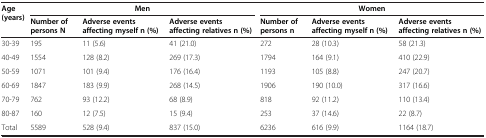
<table><thead><tr><td><b>Age (years)</b></td><td colspan="3"><b>Men</b></td><td colspan="3"><b>Women</b></td></tr><tr><td><b> </b></td><td><b>Number of persons N</b></td><td><b>Adverse events affecting myself n (%)</b></td><td><b>Adverse events affecting relatives n (%)</b></td><td><b>Number of persons n</b></td><td><b>Adverse events affecting myself n (%)</b></td><td><b>Adverse events affecting relatives n (%)</b></td></tr></thead><tbody><tr><td>30-39</td><td>195</td><td>11 (5.6)</td><td>41 (21.0)</td><td>272</td><td>28 (10.3)</td><td>58 (21.3)</td></tr><tr><td>40-49</td><td>1554</td><td>128 (8.2)</td><td>269 (17.3)</td><td>1794</td><td>164 (9.1)</td><td>410 (22.9)</td></tr><tr><td>50-59</td><td>1071</td><td>101 (9.4)</td><td>176 (16.4)</td><td>1193</td><td>105 (8.8)</td><td>247 (20.7)</td></tr><tr><td>60-69</td><td>1847</td><td>183 (9.9)</td><td>268 (14.5)</td><td>1906</td><td>190 (10.0)</td><td>317 (16.6)</td></tr><tr><td>70-79</td><td>762</td><td>93 (12.2)</td><td>68 (8.9)</td><td>818</td><td>92 (11.2)</td><td>110 (13.4)</td></tr><tr><td>80-87</td><td>160</td><td>12 (7.5)</td><td>15 (9.4)</td><td>253</td><td>37 (14.6)</td><td>22 (8.7)</td></tr><tr><td>Total</td><td>5589</td><td>528 (9.4)</td><td>837 (15.0)</td><td>6236</td><td>616 (9.9)</td><td>1164 (18.7)</td></tr></tbody></table>